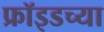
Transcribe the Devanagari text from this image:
फ्रॉइडच्या